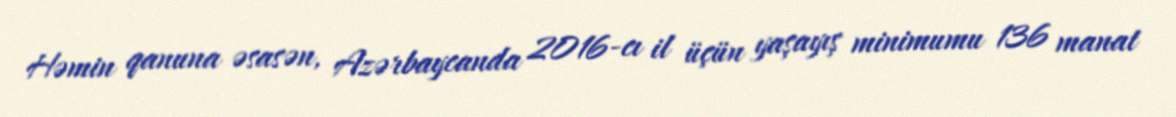
Həmin qanuna əsasən, Azərbaycanda 2016-cı il üçün yaşayış minimumu 136 manat